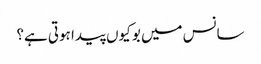
سانس میں بو کیوں پیدا ہوتی ہے؟